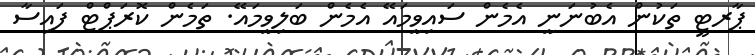
ޕާރޓީ ތަކުން އެބުނަނީ އެމެން ސައިވީމައޭ އެމެން ބަލިވީމައޭ. ތަމެން ކޮރަޕްޓް ފައިސާ